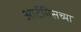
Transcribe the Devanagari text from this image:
आर्टेमिसच्या